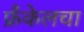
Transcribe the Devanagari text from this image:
फ्रँकेलचा